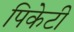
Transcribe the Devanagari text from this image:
पिकेटी